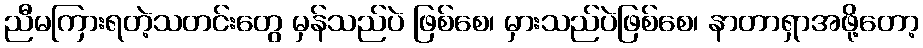
ညီမကြားရတဲ့သတင်းတွေ မှန်သည်ပဲ ဖြစ်စေ၊ မှားသည်ပဲဖြစ်စေ၊ နာတာရှာအဖို့တော့